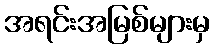
အရင်းအမြစ်များမှ